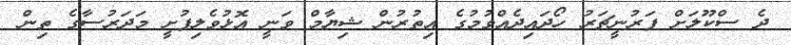
ދެ ސްކޫލަށް ފަރުނީޗަރު ހޯދައިދެއްވުމުގެ އިތުރުން ޝިޔާމް ވަނީ އޮޅުވެލިފުށީ މަދަރުސާގެ ތިން